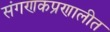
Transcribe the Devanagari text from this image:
संगणकप्रणालीत